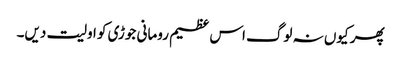
پھر کیوں نہ لوگ اس عظیم رومانی جوڑی کو اولیت دیں۔